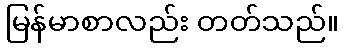
မြန်မာစာလည်း တတ်သည်။